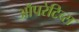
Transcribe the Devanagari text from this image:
ऑपरेटिव्स